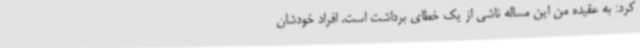
کرد: به عقیده من این مساله ناشی از یک خطای برداشت است. افراد خودشان